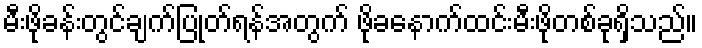
မီးဖိုခန်းတွင်ချက်ပြုတ်ရန်အတွက် ဖိုခနောက်ထင်းမီးဖိုတစ်ခုရှိသည်။